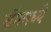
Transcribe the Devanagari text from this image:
बॅगमध्ये